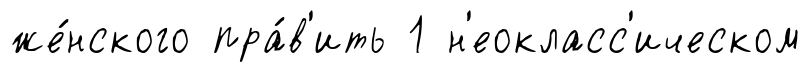
же́нского пра́в'ить 1 н'еокласс'ическом